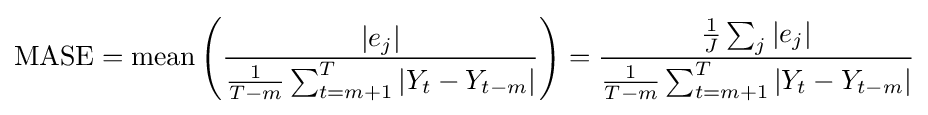
\mathrm {MASE} =\mathrm {mean} \left({\frac {\left|e_{j}\right|}{{\frac {1}{T-m}}\sum _{t=m+1}^{T}\left|Y_{t}-Y_{t-m}\right|}}\right)={\frac {{\frac {1}{J}}\sum _{j}\left|e_{j}\right|}{{\frac {1}{T-m}}\sum _{t=m+1}^{T}\left|Y_{t}-Y_{t-m}\right|}}